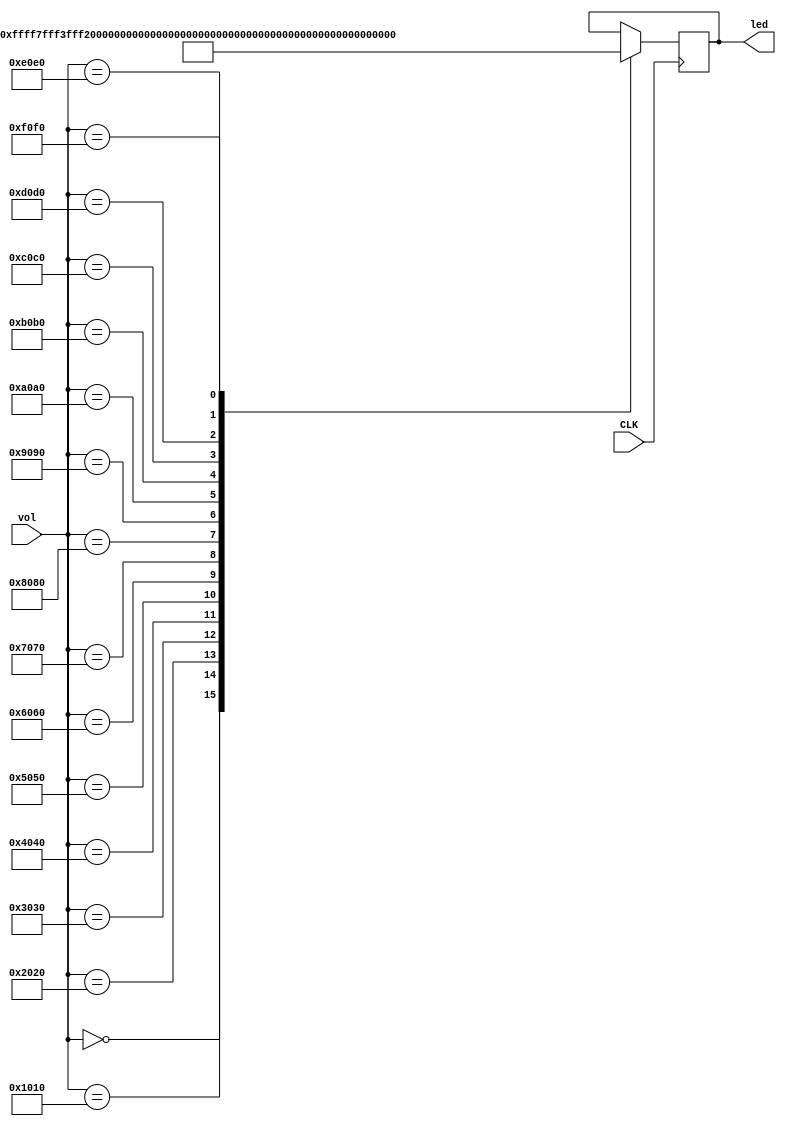
// This program was cloned from: https://github.com/DinoMax00/TJ-FPGA_MP3
// License: MIT License

//---------- detect and show volume change -----------------
// ------------- author : Dino ----------------------------
module vol_control(
	input CLK,
	input [15: 0] vol,
	output reg [15: 0] led
);

	always @ (posedge CLK) begin 
		case(vol)
			16'h0000: led <= 16'b1111111111111111;
			16'h1010: led <= 16'b0111111111111111;
			16'h2020: led <= 16'b0011111111111111;
			16'h3030: led <= 16'b0001111111111111;
			16'h4040: led <= 16'b0000111111111111;
			16'h5050: led <= 16'b0000011111111111;
			16'h6060: led <= 16'b0000001111111111;
			16'h7070: led <= 16'b0000000111111111;
			16'h8080: led <= 16'b0000000011111111;
			16'h9090: led <= 16'b0000000001111111;
			16'hA0A0: led <= 16'b0000000000111111;
			16'hB0B0: led <= 16'b0000000000011111;
			16'hC0C0: led <= 16'b0000000000001111;
			16'hD0D0: led <= 16'b0000000000000111;
			16'hE0E0: led <= 16'b0000000000000011;
			16'hF0F0: led <= 16'b0000000000000001;
		endcase 
	end
	
endmodule